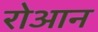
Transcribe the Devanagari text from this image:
रोआन